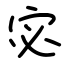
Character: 宓